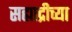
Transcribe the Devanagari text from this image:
सह्याद्रीच्‍या